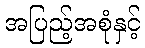
အပြည့်အစုံနှင့်